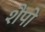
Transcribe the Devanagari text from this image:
शैपो